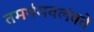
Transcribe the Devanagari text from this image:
तमर्थमवलंबते